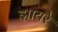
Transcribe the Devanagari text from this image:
झायरे